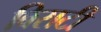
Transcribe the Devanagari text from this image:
बिसटी